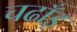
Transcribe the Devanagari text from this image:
चढाँइ